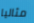
مثاليا